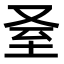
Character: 𦤵